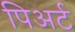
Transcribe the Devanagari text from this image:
पिअर्ट